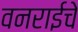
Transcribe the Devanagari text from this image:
वनराईचे